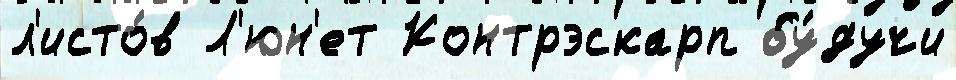
л'исто́в Л'юн'ет Контрэскарп бу́дучи